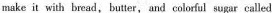
make it with bread,butter, and colorful sugar called